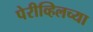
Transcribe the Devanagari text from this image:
पेरीव्हिलच्या